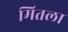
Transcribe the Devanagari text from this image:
मितला